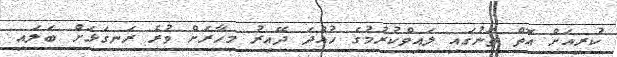
ކުރިއަށް އޮތް ތަނުގައި ލައިވްކުރުމުގެ ހުއްދަ ދޭއިރު މިހާރަށް ވުރެ ރަނގަޅަށް ބަލައި